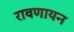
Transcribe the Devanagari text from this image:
रावणायन